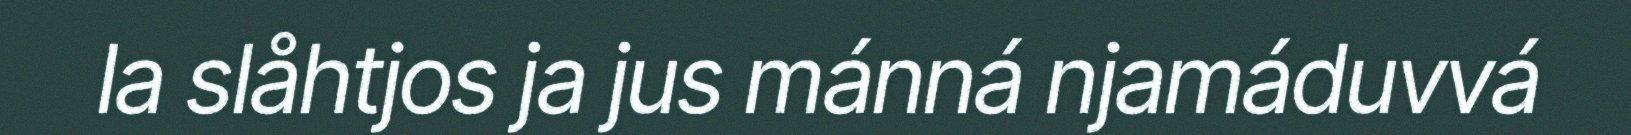
la slåhtjos ja jus mánná njamáduvvá